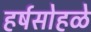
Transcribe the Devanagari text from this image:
हर्षसोहळे